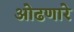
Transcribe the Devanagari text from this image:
ओढणारे